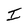
Character: I